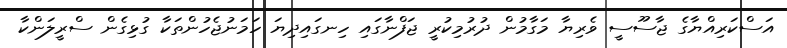
އަސްކަރިއްޔާގެ ޖާސޫސީ ވެރިޔާ މަގާމުން ދުރުމިކުރީ ޖަފްނާގައި ހިނގައިދިޔަ ހަމަނުޖެހުންތަކާ ގުޅިގެން ސްރީލަންކާ